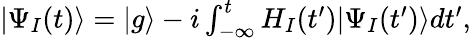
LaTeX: \begin{array}{r}{|\Psi_{I}(t)\rangle=|g\rangle-i\int_{-\infty}^{t}H_{I}(t^{\prime})|\Psi_{I}(t^{\prime})\rangle dt^{\prime},}\end{array}